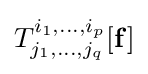
T_{j_{1},\ldots ,j_{q}}^{i_{1},\ldots ,i_{p}}[\mathbf {f} ]